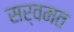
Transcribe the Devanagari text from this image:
सर्वमत